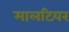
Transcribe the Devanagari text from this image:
मालटियर